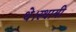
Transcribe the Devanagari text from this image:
थे।स्थायी